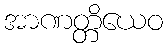
အာဏတ္တိယေဝ